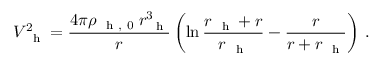
V _ { \mathrm { ~ \scriptsize ~ h ~ } } ^ { 2 } = \frac { 4 \pi \rho _ { \mathrm { ~ \scriptsize ~ h ~ , ~ 0 ~ } } r _ { \mathrm { ~ \scriptsize ~ h ~ } } ^ { 3 } } { r } \left( \ln \frac { r _ { \mathrm { ~ \scriptsize ~ h ~ } } + r } { r _ { \mathrm { ~ \scriptsize ~ h ~ } } } - \frac { r } { r + r _ { \mathrm { ~ \scriptsize ~ h ~ } } } \right) \, .